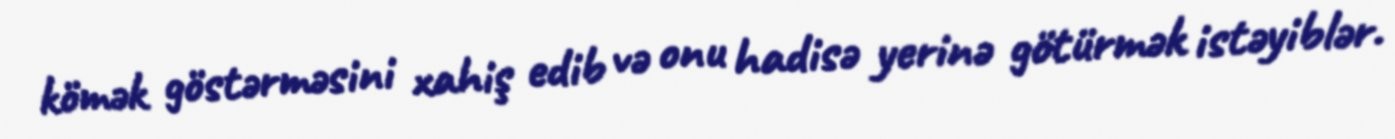
kömək göstərməsini xahiş edib və onu hadisə yerinə götürmək istəyiblər.